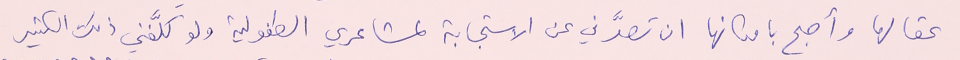
عقالها وأصبح بامكانها ان تصدَّني عن الاستجابة لمشاعري الطفولية ولو كلَّفني ذلك الكثير